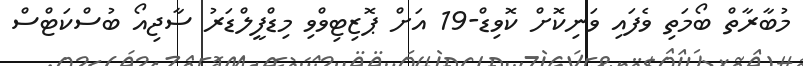
މުބާރާތް ބޯމަތި ވެފައި ވަނިކޮށް ކޮވިޑް-19 އަށް ޕޮޒިޓިވްވި މިޑްފީލްޑަރު ސާޖިއޯ ބުސްކަޓްސް